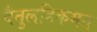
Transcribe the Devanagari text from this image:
बैतुलहिकमत